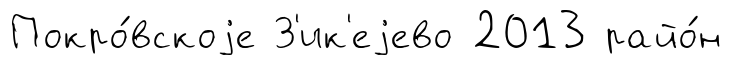
Покро́вскоjе З'ик'еjево 2013 райо́н